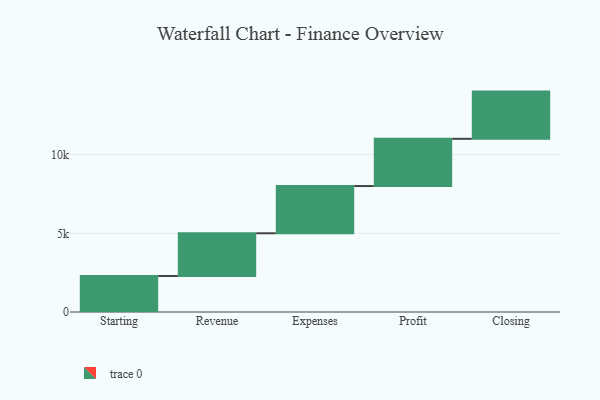
{"axis": {"x": "Step", "y": "Value"}, "legend": [""], "data": [{"x": "Starting", "y": 2286.0, "type": ""}, {"x": "Revenue", "y": 2716.0, "type": ""}, {"x": "Expenses", "y": 3000, "type": ""}, {"x": "Profit", "y": 3000, "type": ""}, {"x": "Closing", "y": 3000, "type": ""}]}